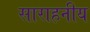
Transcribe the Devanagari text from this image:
साराहनीय